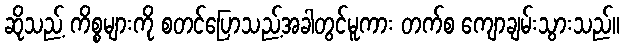
ဆိုသည့် ကိစ္စများကို စတင်ပြောသည့်အခါတွင်မူကား တက်စ ကျောချမ်းသွားသည်။